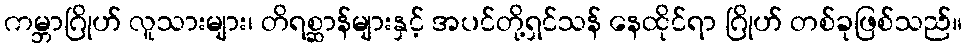
ကမ္ဘာဂြိုဟ် လူသားများ၊ တိရစ္ဆာန်များနှင့် အပင်တို့ရှင်သန် နေထိုင်ရာ ဂြိုဟ် တစ်ခုဖြစ်သည်။